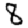
Digit: 8